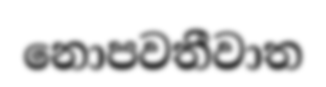
නොපවතීවාත